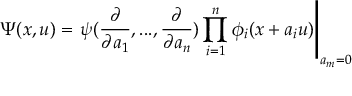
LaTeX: \Psi ( x , u ) = \left. \psi ( \frac { \partial } { \partial a _ { 1 } } , . . . , \frac { \partial } { \partial a _ { n } } ) \prod _ { i = 1 } ^ { n } \phi _ { i } ( x + a _ { i } u ) \right| _ { a _ { m } = 0 }